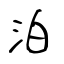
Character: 泊